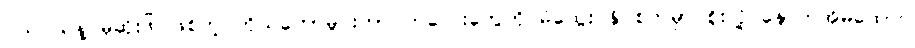
ငယ်ငယ်နဲ့ မုဆိုးဖို ဖြစ်တဲ့ ကိုယ်တော်မှိုင်းဟာ ကလေးတွေကို မိထွေး နှိပ်စက်မှာ စိုးလို့ နောက်အိမ်ထောင်